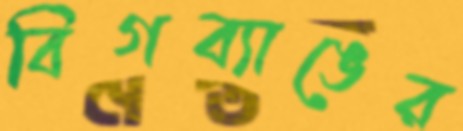
বিগব্যাঙের